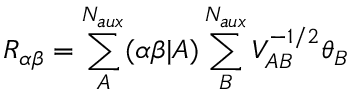
R _ { \alpha \beta } = \sum _ { A } ^ { N _ { a u x } } ( \alpha \beta | A ) \sum _ { B } ^ { N _ { a u x } } V _ { A B } ^ { - 1 / 2 } \theta _ { B }